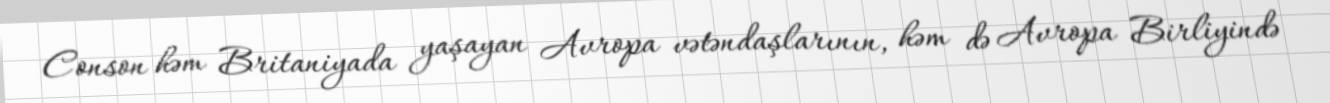
Conson həm Britaniyada yaşayan Avropa vətəndaşlarının, həm də Avropa Birliyində